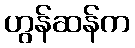
ဟွန်ဆန်က